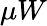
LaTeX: \mu W